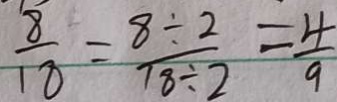
\frac { 8 } { 1 8 } = \frac { 8 \div 2 } { 1 8 \div 2 } = \frac { 4 } { 9 }